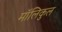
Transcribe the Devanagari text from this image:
मॉलिकुल